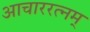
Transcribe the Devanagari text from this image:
आचाररत्नम्